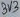
Text: 3V3